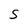
Character: S